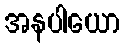
အနပါယော